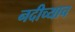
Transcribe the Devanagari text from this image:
नदीच्याच